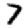
Digit: 7